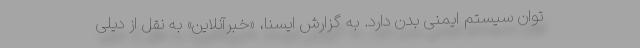
توان سیستم ایمنی بدن دارد. به گزارش ایسنا، «خبرآنلاین» به نقل از دیلی